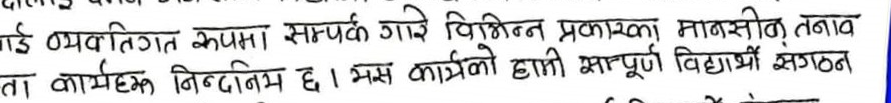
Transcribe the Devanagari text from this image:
डाई व्यक्तिगत रुपमा सम्पर्क गरे विभिन्न प्रकारका मानसिक तनाव
ता कार्यक्रम निन्दनीय छ । यस कार्यको हामी सम्पूर्ण विद्यार्थी संगठन